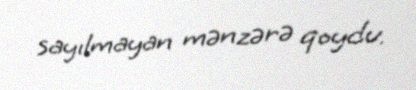
sayılmayan mənzərə qoydu.